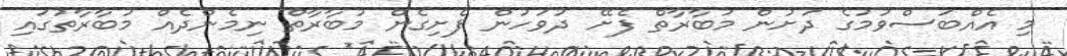
މި އެއްބަސްވުމުގެ ދަށުން މުބާރާތް ފެށޭ ދުވަހުން ފެށިގެން މުބާރާތް ނިމެންދެއް މުބާރާތުގައި